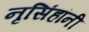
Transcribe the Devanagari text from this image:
नृसिंहांनी